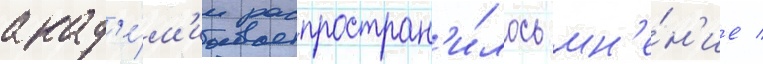
акад'е́м'ии распростран'и́лось мн'е́н'ие /